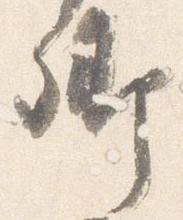
卿